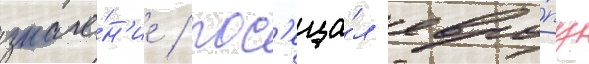
значе́н'ие / пос'еща́л евро́пу